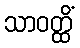
သာဝတ္ထိံ